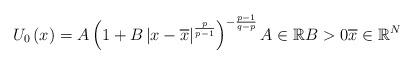
LaTeX: \begin{align*}U_{0}\left( x\right) =A\left( 1+B\left\vert x-\overline{x}\right\vert^{\frac{p}{p-1}}\right) ^{-\frac{p-1}{q-p}}A\in\mathbb{R}B>0\overline{x}\in\mathbb{R}^{N}\end{align*}